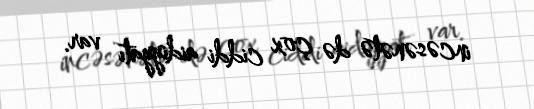
incəsənətə də çox ciddi aidiyyatı var.